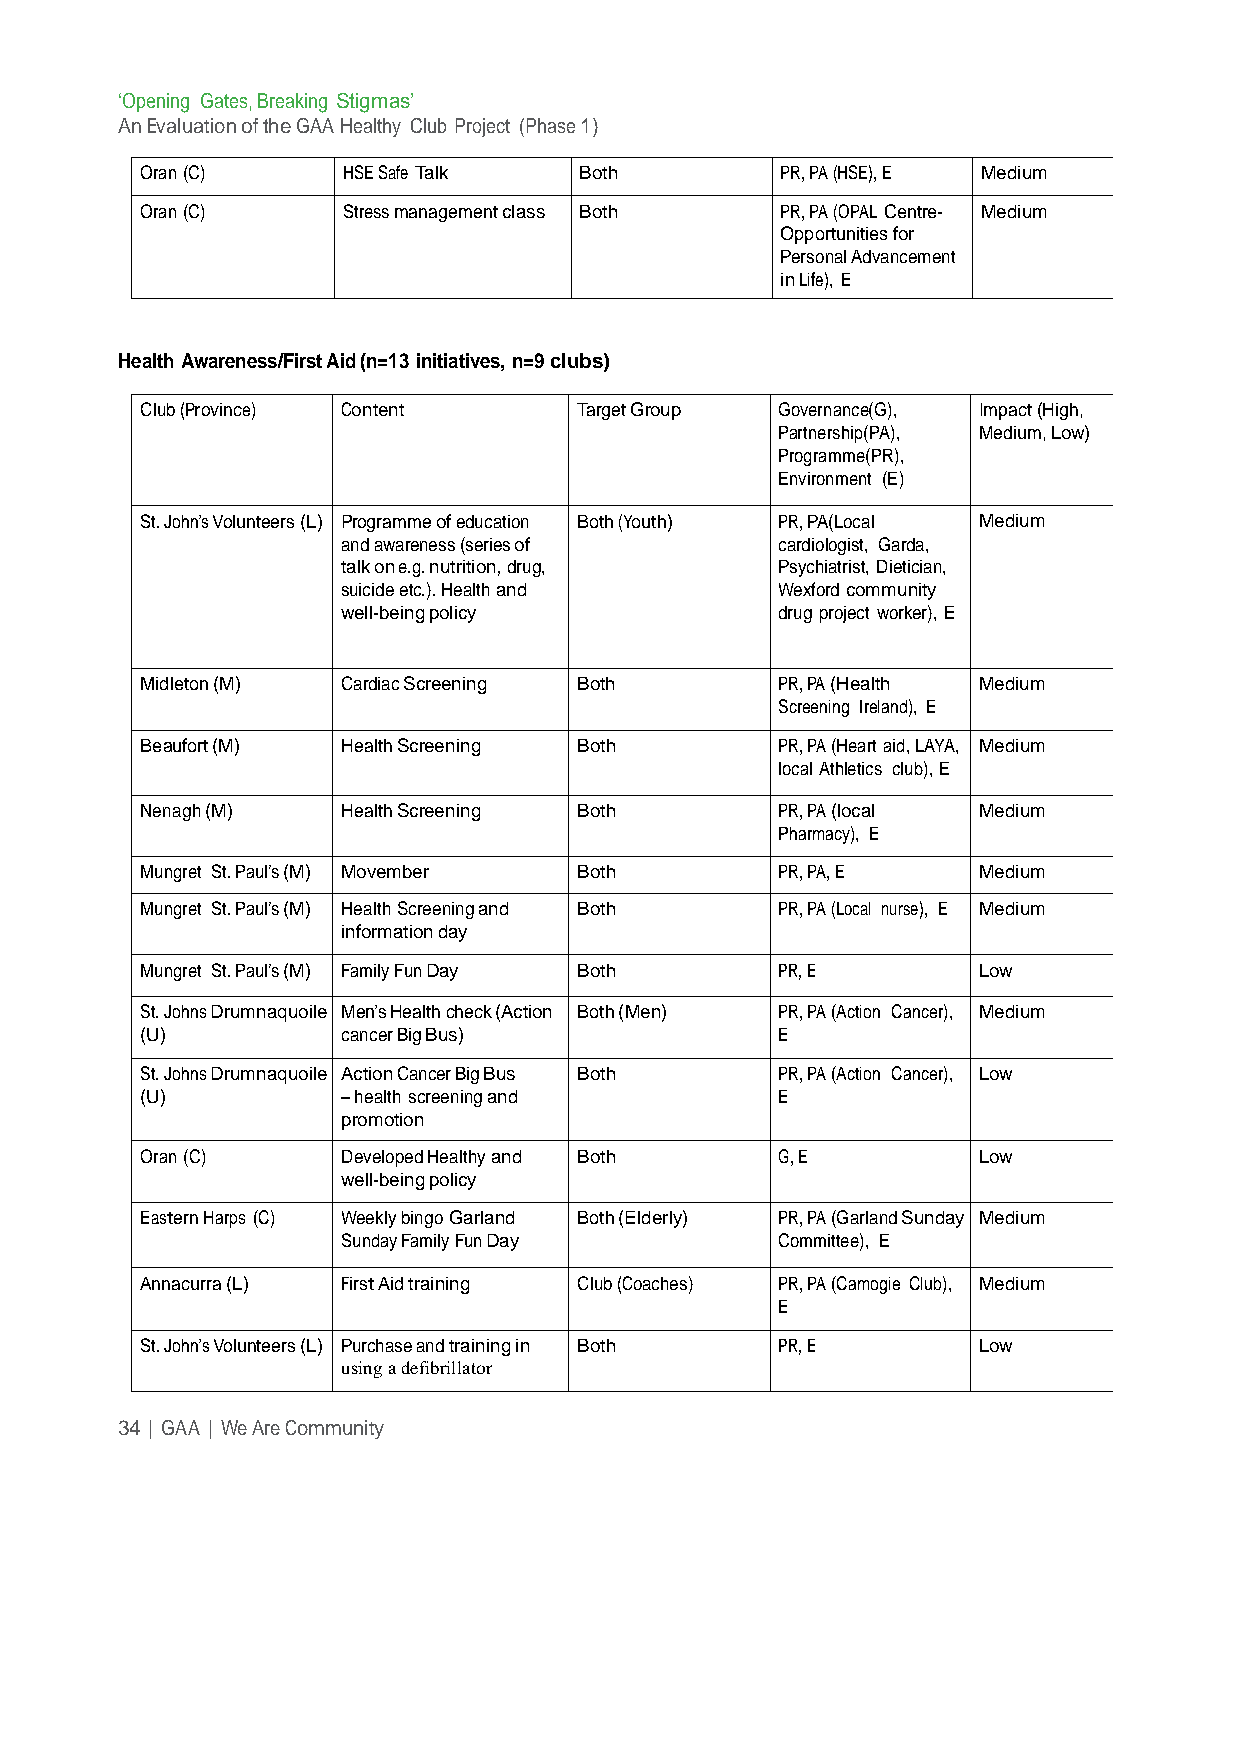
‘Opening Gates, Breaking Stigmas’
 An Evaluation of the GAA Healthy Club Project (Phase 1)
 Oran (C)      HSE Safe Talk  Both          PR, PA (HSE), E Medium
 Oran (C)      Stress management class Both PR, PA (OPAL Centre- Medium
 Opportunities for
 Personal Advancement
 in Life), E
 Health Awareness/First Aid (n=13 initiatives, n=9 clubs)
 Club (Province) Content      Target Group  Governance(G), Impact (High,
 Partnership(PA), Medium, Low)
 Programme(PR),
 Environment (E)
 St. John’s Volunteers (L) Programme of education Both (Youth) PR, PA(Local Medium
 and awareness (series of     cardiologist, Garda,
 talk on e.g. nutrition, drug, Psychiatrist, Dietician,
 suicide etc.). Health and    Wexford community
 well-being policy            drug project worker), E
 Midleton (M)  Cardiac Screening Both       PR, PA (Health Medium
 Screening Ireland), E
 Beaufort (M)  Health Screening Both        PR, PA (Heart aid, LAYA, Medium
 local Athletics club), E
 Nenagh (M)    Health Screening Both        PR, PA (local Medium
 Pharmacy), E
 Mungret St. Paul’s (M) Movember Both       PR, PA, E    Medium
 Mungret St. Paul’s (M) Health Screening and Both PR, PA (Local nurse), E Medium
 information day
 Mungret St. Paul’s (M) Family Fun Day Both PR, E        Low
 St. Johns Drumnaquoile Men’s Health check (Action Both (Men) PR, PA (Action Cancer), Medium
 (U)           cancer Big Bus)              E
 St. Johns Drumnaquoile Action Cancer Big Bus Both PR, PA (Action Cancer), Low
 (U)           – health screening and       E
 promotion
 Oran (C)      Developed Healthy and Both   G, E         Low
 well-being policy
 Eastern Harps (C) Weekly bingo Garland Both (Elderly) PR, PA (Garland Sunday Medium
 Sunday Family Fun Day        Committee), E
 Annacurra (L) First Aid training Club (Coaches) PR, PA (Camogie Club), Medium
 E
 St. John’s Volunteers (L) Purchase and training in Both PR, E Low
 using a defibrillator
 34 | GAA | We Are Community